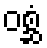
ဝစ္ဆံ